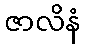
ဇာလိနံ